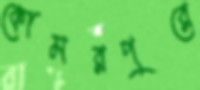
কোমরপুরে